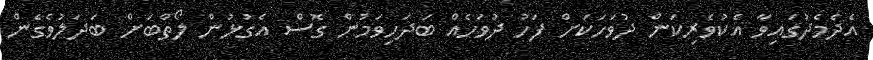
އެދެމެދުގައިވާ އެކުވެރިކަން ދުވަހަކަށް ފަހު ދުވަހެެއް ބަދަހިވަމުން ގޮސް އެގުޅުން ލޯތްބަށް ބަދަލުވެގެން